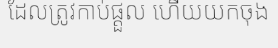
ដែលត្រូវកាប់ផ្តួល ហើយយកចុង